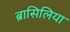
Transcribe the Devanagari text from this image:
ब्रासिलिया